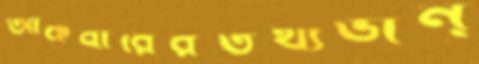
আকবারেরতথ্যভান্